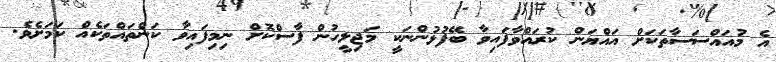
އެ މުއައްސަސާތަކަށް އައްޔަން ކުރައްވާފައިވާ ބޭފުޅުންނަކީ މަޖިލީހުން ފާސްކޮށް ނިމިފައިވާ ކަންތައްތަކެއް ކަމަށެވެ.